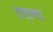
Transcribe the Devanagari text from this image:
उदात्ता